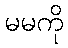
မမကို